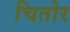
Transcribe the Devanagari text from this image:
चितोर